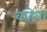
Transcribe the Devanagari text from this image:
कहेवा